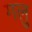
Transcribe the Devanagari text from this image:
गलु